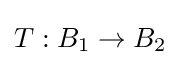
T:B_{1}\to B_{2}